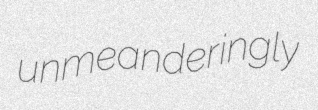
unmeanderingly